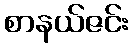
စာနယ်ဇင်း